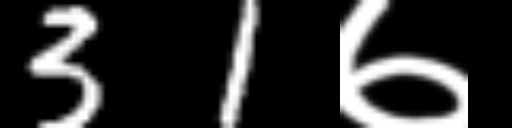
Text: 31७